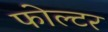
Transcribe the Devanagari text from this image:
फोल्टर